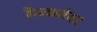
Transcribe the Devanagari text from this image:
कैम्फमेयर